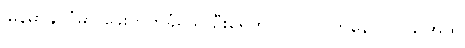
မြန်မာနိုင်ငံမှာ ခွေးကိုက်ခံရသူ ဦးရေဟာ ၂၀၁၇ ကနေ ၂၀၁၉ အထိ